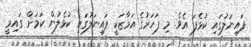
ފައިނަލުގައި ކުޅެފަ އެވެ. މި ފަހަރުގެ އަމާޒަކީ ފައިނަލުގައި ކުޅެލުން ކަމަށް ގައިމީ